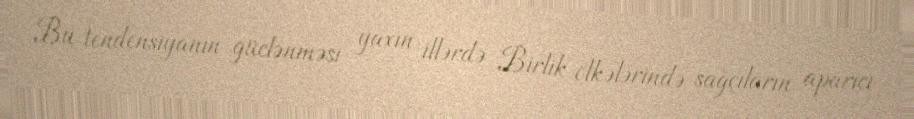
Bu tendensiyanın güclənməsi yaxın illərdə Birlik ölkələrində sağçıların aparıcı